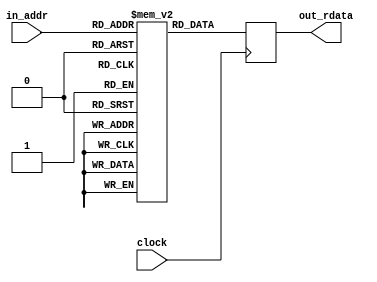
/*
[Bare framework] Leave empty, this is used when exporting to verilog
*/

// SL 2019, MIT license
module M_frame_display__mem_tbl(
input                  [10-1:0] in_addr,
output reg  [18-1:0] out_rdata,
input                                     clock
);
(* no_rw_check *) reg  [18-1:0] buffer[1024-1:0];
always @(posedge clock) begin
   out_rdata <= buffer[in_addr];
end
initial begin
 buffer[0] = 37312;
 buffer[1] = 37312;
 buffer[2] = 16448;
 buffer[3] = 37312;
 buffer[4] = 37312;
 buffer[5] = 37312;
 buffer[6] = 16448;
 buffer[7] = 37312;
 buffer[8] = 16448;
 buffer[9] = 37312;
 buffer[10] = 37312;
 buffer[11] = 37312;
 buffer[12] = 37312;
 buffer[13] = 37312;
 buffer[14] = 37312;
 buffer[15] = 37312;
 buffer[16] = 37312;
 buffer[17] = 16448;
 buffer[18] = 37312;
 buffer[19] = 37312;
 buffer[20] = 16448;
 buffer[21] = 37312;
 buffer[22] = 37312;
 buffer[23] = 16448;
 buffer[24] = 37312;
 buffer[25] = 37312;
 buffer[26] = 16448;
 buffer[27] = 37312;
 buffer[28] = 16448;
 buffer[29] = 37312;
 buffer[30] = 37312;
 buffer[31] = 37312;
 buffer[32] = 16448;
 buffer[33] = 37312;
 buffer[34] = 78720;
 buffer[35] = 78720;
 buffer[36] = 37312;
 buffer[37] = 37312;
 buffer[38] = 186432;
 buffer[39] = 157440;
 buffer[40] = 132544;
 buffer[41] = 78720;
 buffer[42] = 186432;
 buffer[43] = 186432;
 buffer[44] = 157440;
 buffer[45] = 132544;
 buffer[46] = 186432;
 buffer[47] = 107712;
 buffer[48] = 26304;
 buffer[49] = 78720;
 buffer[50] = 186432;
 buffer[51] = 186432;
 buffer[52] = 107712;
 buffer[53] = 186432;
 buffer[54] = 186432;
 buffer[55] = 132544;
 buffer[56] = 157440;
 buffer[57] = 37312;
 buffer[58] = 37312;
 buffer[59] = 132544;
 buffer[60] = 157440;
 buffer[61] = 186432;
 buffer[62] = 186432;
 buffer[63] = 107712;
 buffer[64] = 16448;
 buffer[65] = 78720;
 buffer[66] = 157440;
 buffer[67] = 186432;
 buffer[68] = 78720;
 buffer[69] = 49728;
 buffer[70] = 157440;
 buffer[71] = 107712;
 buffer[72] = 107712;
 buffer[73] = 107712;
 buffer[74] = 78720;
 buffer[75] = 157440;
 buffer[76] = 132544;
 buffer[77] = 107712;
 buffer[78] = 78720;
 buffer[79] = 49728;
 buffer[80] = 13824;
 buffer[81] = 157440;
 buffer[82] = 107712;
 buffer[83] = 132544;
 buffer[84] = 107712;
 buffer[85] = 107712;
 buffer[86] = 132544;
 buffer[87] = 157440;
 buffer[88] = 132544;
 buffer[89] = 132544;
 buffer[90] = 37312;
 buffer[91] = 157440;
 buffer[92] = 78720;
 buffer[93] = 107712;
 buffer[94] = 49728;
 buffer[95] = 78720;
 buffer[96] = 37312;
 buffer[97] = 132544;
 buffer[98] = 186432;
 buffer[99] = 107712;
 buffer[100] = 107712;
 buffer[101] = 78720;
 buffer[102] = 49728;
 buffer[103] = 157440;
 buffer[104] = 107712;
 buffer[105] = 132544;
 buffer[106] = 132544;
 buffer[107] = 107712;
 buffer[108] = 107712;
 buffer[109] = 132544;
 buffer[110] = 78720;
 buffer[111] = 49728;
 buffer[112] = 16448;
 buffer[113] = 84352;
 buffer[114] = 157440;
 buffer[115] = 107712;
 buffer[116] = 132544;
 buffer[117] = 78720;
 buffer[118] = 78720;
 buffer[119] = 157440;
 buffer[120] = 107712;
 buffer[121] = 78720;
 buffer[122] = 107712;
 buffer[123] = 37312;
 buffer[124] = 157440;
 buffer[125] = 107712;
 buffer[126] = 78720;
 buffer[127] = 49728;
 buffer[128] = 16448;
 buffer[129] = 186432;
 buffer[130] = 132544;
 buffer[131] = 132544;
 buffer[132] = 107712;
 buffer[133] = 78720;
 buffer[134] = 49728;
 buffer[135] = 107712;
 buffer[136] = 78720;
 buffer[137] = 107712;
 buffer[138] = 78720;
 buffer[139] = 78720;
 buffer[140] = 107712;
 buffer[141] = 78720;
 buffer[142] = 49728;
 buffer[143] = 78720;
 buffer[144] = 37312;
 buffer[145] = 34624;
 buffer[146] = 78720;
 buffer[147] = 132544;
 buffer[148] = 107712;
 buffer[149] = 78720;
 buffer[150] = 107712;
 buffer[151] = 78720;
 buffer[152] = 157440;
 buffer[153] = 107712;
 buffer[154] = 78720;
 buffer[155] = 49728;
 buffer[156] = 37312;
 buffer[157] = 157440;
 buffer[158] = 107712;
 buffer[159] = 78720;
 buffer[160] = 37312;
 buffer[161] = 186432;
 buffer[162] = 132544;
 buffer[163] = 107712;
 buffer[164] = 78720;
 buffer[165] = 107712;
 buffer[166] = 78720;
 buffer[167] = 49728;
 buffer[168] = 107712;
 buffer[169] = 49728;
 buffer[170] = 107712;
 buffer[171] = 107712;
 buffer[172] = 78720;
 buffer[173] = 78720;
 buffer[174] = 78720;
 buffer[175] = 49728;
 buffer[176] = 16448;
 buffer[177] = 13824;
 buffer[178] = 37312;
 buffer[179] = 157440;
 buffer[180] = 107712;
 buffer[181] = 107712;
 buffer[182] = 78720;
 buffer[183] = 107712;
 buffer[184] = 157440;
 buffer[185] = 132544;
 buffer[186] = 107712;
 buffer[187] = 78720;
 buffer[188] = 37312;
 buffer[189] = 157440;
 buffer[190] = 78720;
 buffer[191] = 49728;
 buffer[192] = 16448;
 buffer[193] = 132544;
 buffer[194] = 107712;
 buffer[195] = 78720;
 buffer[196] = 107712;
 buffer[197] = 132544;
 buffer[198] = 107712;
 buffer[199] = 49728;
 buffer[200] = 107712;
 buffer[201] = 78720;
 buffer[202] = 78720;
 buffer[203] = 78720;
 buffer[204] = 49728;
 buffer[205] = 78720;
 buffer[206] = 78720;
 buffer[207] = 51200;
 buffer[208] = 13824;
 buffer[209] = 34624;
 buffer[210] = 26304;
 buffer[211] = 26304;
 buffer[212] = 132544;
 buffer[213] = 78720;
 buffer[214] = 107712;
 buffer[215] = 107712;
 buffer[216] = 78720;
 buffer[217] = 107712;
 buffer[218] = 78720;
 buffer[219] = 37312;
 buffer[220] = 37312;
 buffer[221] = 78720;
 buffer[222] = 49728;
 buffer[223] = 49728;
 buffer[224] = 37312;
 buffer[225] = 157440;
 buffer[226] = 78720;
 buffer[227] = 26304;
 buffer[228] = 67776;
 buffer[229] = 51200;
 buffer[230] = 67776;
 buffer[231] = 51200;
 buffer[232] = 34624;
 buffer[233] = 34624;
 buffer[234] = 78720;
 buffer[235] = 49728;
 buffer[236] = 78720;
 buffer[237] = 51200;
 buffer[238] = 51200;
 buffer[239] = 34624;
 buffer[240] = 37312;
 buffer[241] = 49728;
 buffer[242] = 49728;
 buffer[243] = 13824;
 buffer[244] = 26304;
 buffer[245] = 132544;
 buffer[246] = 157440;
 buffer[247] = 78720;
 buffer[248] = 78720;
 buffer[249] = 49728;
 buffer[250] = 37312;
 buffer[251] = 49728;
 buffer[252] = 16448;
 buffer[253] = 49728;
 buffer[254] = 78720;
 buffer[255] = 37312;
 buffer[256] = 37312;
 buffer[257] = 16448;
 buffer[258] = 16448;
 buffer[259] = 37312;
 buffer[260] = 16448;
 buffer[261] = 37312;
 buffer[262] = 37312;
 buffer[263] = 37312;
 buffer[264] = 16448;
 buffer[265] = 37312;
 buffer[266] = 13824;
 buffer[267] = 26304;
 buffer[268] = 13824;
 buffer[269] = 13824;
 buffer[270] = 16448;
 buffer[271] = 37312;
 buffer[272] = 49728;
 buffer[273] = 16448;
 buffer[274] = 37312;
 buffer[275] = 37312;
 buffer[276] = 34624;
 buffer[277] = 34624;
 buffer[278] = 16448;
 buffer[279] = 107712;
 buffer[280] = 37312;
 buffer[281] = 16448;
 buffer[282] = 37312;
 buffer[283] = 37312;
 buffer[284] = 16448;
 buffer[285] = 37312;
 buffer[286] = 37312;
 buffer[287] = 37312;
 buffer[288] = 186432;
 buffer[289] = 157440;
 buffer[290] = 107712;
 buffer[291] = 157440;
 buffer[292] = 132544;
 buffer[293] = 132544;
 buffer[294] = 157440;
 buffer[295] = 49728;
 buffer[296] = 16448;
 buffer[297] = 37312;
 buffer[298] = 26304;
 buffer[299] = 37312;
 buffer[300] = 78720;
 buffer[301] = 49728;
 buffer[302] = 78720;
 buffer[303] = 49728;
 buffer[304] = 49728;
 buffer[305] = 16448;
 buffer[306] = 49728;
 buffer[307] = 107712;
 buffer[308] = 132544;
 buffer[309] = 51200;
 buffer[310] = 49728;
 buffer[311] = 49728;
 buffer[312] = 37312;
 buffer[313] = 37312;
 buffer[314] = 132544;
 buffer[315] = 157440;
 buffer[316] = 107712;
 buffer[317] = 132544;
 buffer[318] = 107712;
 buffer[319] = 107712;
 buffer[320] = 107712;
 buffer[321] = 132544;
 buffer[322] = 107712;
 buffer[323] = 107712;
 buffer[324] = 132544;
 buffer[325] = 107712;
 buffer[326] = 107712;
 buffer[327] = 51200;
 buffer[328] = 26304;
 buffer[329] = 13824;
 buffer[330] = 26304;
 buffer[331] = 132544;
 buffer[332] = 107712;
 buffer[333] = 78720;
 buffer[334] = 107712;
 buffer[335] = 132544;
 buffer[336] = 78720;
 buffer[337] = 16448;
 buffer[338] = 132544;
 buffer[339] = 107712;
 buffer[340] = 132544;
 buffer[341] = 67776;
 buffer[342] = 107712;
 buffer[343] = 49728;
 buffer[344] = 16448;
 buffer[345] = 157440;
 buffer[346] = 107712;
 buffer[347] = 132544;
 buffer[348] = 132544;
 buffer[349] = 107712;
 buffer[350] = 132544;
 buffer[351] = 132544;
 buffer[352] = 78720;
 buffer[353] = 78720;
 buffer[354] = 132544;
 buffer[355] = 132544;
 buffer[356] = 107712;
 buffer[357] = 78720;
 buffer[358] = 107712;
 buffer[359] = 34624;
 buffer[360] = 37312;
 buffer[361] = 37312;
 buffer[362] = 107712;
 buffer[363] = 132544;
 buffer[364] = 107712;
 buffer[365] = 132544;
 buffer[366] = 78720;
 buffer[367] = 107712;
 buffer[368] = 78720;
 buffer[369] = 49728;
 buffer[370] = 132544;
 buffer[371] = 78720;
 buffer[372] = 107712;
 buffer[373] = 67776;
 buffer[374] = 78720;
 buffer[375] = 78720;
 buffer[376] = 37312;
 buffer[377] = 107712;
 buffer[378] = 132544;
 buffer[379] = 107712;
 buffer[380] = 107712;
 buffer[381] = 132544;
 buffer[382] = 107712;
 buffer[383] = 107712;
 buffer[384] = 78720;
 buffer[385] = 107712;
 buffer[386] = 132544;
 buffer[387] = 107712;
 buffer[388] = 107712;
 buffer[389] = 107712;
 buffer[390] = 34624;
 buffer[391] = 51200;
 buffer[392] = 37312;
 buffer[393] = 37312;
 buffer[394] = 157440;
 buffer[395] = 107712;
 buffer[396] = 107712;
 buffer[397] = 107712;
 buffer[398] = 78720;
 buffer[399] = 107712;
 buffer[400] = 78720;
 buffer[401] = 78720;
 buffer[402] = 49728;
 buffer[403] = 107712;
 buffer[404] = 107712;
 buffer[405] = 51200;
 buffer[406] = 107712;
 buffer[407] = 49728;
 buffer[408] = 16448;
 buffer[409] = 157440;
 buffer[410] = 107712;
 buffer[411] = 78720;
 buffer[412] = 107712;
 buffer[413] = 78720;
 buffer[414] = 107712;
 buffer[415] = 132544;
 buffer[416] = 78720;
 buffer[417] = 78720;
 buffer[418] = 107712;
 buffer[419] = 78720;
 buffer[420] = 78720;
 buffer[421] = 49728;
 buffer[422] = 51200;
 buffer[423] = 49728;
 buffer[424] = 37312;
 buffer[425] = 157440;
 buffer[426] = 107712;
 buffer[427] = 78720;
 buffer[428] = 107712;
 buffer[429] = 78720;
 buffer[430] = 107712;
 buffer[431] = 78720;
 buffer[432] = 78720;
 buffer[433] = 107712;
 buffer[434] = 107712;
 buffer[435] = 78720;
 buffer[436] = 78720;
 buffer[437] = 67776;
 buffer[438] = 51200;
 buffer[439] = 78720;
 buffer[440] = 37312;
 buffer[441] = 107712;
 buffer[442] = 78720;
 buffer[443] = 78720;
 buffer[444] = 78720;
 buffer[445] = 107712;
 buffer[446] = 107712;
 buffer[447] = 78720;
 buffer[448] = 49728;
 buffer[449] = 107712;
 buffer[450] = 107712;
 buffer[451] = 107712;
 buffer[452] = 78720;
 buffer[453] = 51200;
 buffer[454] = 49728;
 buffer[455] = 49728;
 buffer[456] = 16448;
 buffer[457] = 132544;
 buffer[458] = 107712;
 buffer[459] = 107712;
 buffer[460] = 78720;
 buffer[461] = 107712;
 buffer[462] = 78720;
 buffer[463] = 107712;
 buffer[464] = 107712;
 buffer[465] = 49728;
 buffer[466] = 78720;
 buffer[467] = 107712;
 buffer[468] = 51200;
 buffer[469] = 51200;
 buffer[470] = 34624;
 buffer[471] = 34624;
 buffer[472] = 37312;
 buffer[473] = 78720;
 buffer[474] = 107712;
 buffer[475] = 78720;
 buffer[476] = 107712;
 buffer[477] = 107712;
 buffer[478] = 78720;
 buffer[479] = 78720;
 buffer[480] = 78720;
 buffer[481] = 49728;
 buffer[482] = 78720;
 buffer[483] = 78720;
 buffer[484] = 49728;
 buffer[485] = 34624;
 buffer[486] = 78720;
 buffer[487] = 49728;
 buffer[488] = 37312;
 buffer[489] = 107712;
 buffer[490] = 78720;
 buffer[491] = 78720;
 buffer[492] = 78720;
 buffer[493] = 78720;
 buffer[494] = 49728;
 buffer[495] = 78720;
 buffer[496] = 78720;
 buffer[497] = 49728;
 buffer[498] = 78720;
 buffer[499] = 49728;
 buffer[500] = 51200;
 buffer[501] = 49728;
 buffer[502] = 78720;
 buffer[503] = 78720;
 buffer[504] = 26304;
 buffer[505] = 49728;
 buffer[506] = 78720;
 buffer[507] = 78720;
 buffer[508] = 49728;
 buffer[509] = 78720;
 buffer[510] = 78720;
 buffer[511] = 49728;
 buffer[512] = 37312;
 buffer[513] = 37312;
 buffer[514] = 37312;
 buffer[515] = 37312;
 buffer[516] = 13824;
 buffer[517] = 37312;
 buffer[518] = 16448;
 buffer[519] = 37312;
 buffer[520] = 16448;
 buffer[521] = 37312;
 buffer[522] = 37312;
 buffer[523] = 16448;
 buffer[524] = 16448;
 buffer[525] = 37312;
 buffer[526] = 16448;
 buffer[527] = 37312;
 buffer[528] = 37312;
 buffer[529] = 37312;
 buffer[530] = 16448;
 buffer[531] = 26304;
 buffer[532] = 13824;
 buffer[533] = 37312;
 buffer[534] = 37312;
 buffer[535] = 37312;
 buffer[536] = 37312;
 buffer[537] = 26304;
 buffer[538] = 16448;
 buffer[539] = 37312;
 buffer[540] = 16448;
 buffer[541] = 37312;
 buffer[542] = 37312;
 buffer[543] = 37312;
 buffer[544] = 37312;
 buffer[545] = 49728;
 buffer[546] = 84352;
 buffer[547] = 67776;
 buffer[548] = 157440;
 buffer[549] = 157440;
 buffer[550] = 107712;
 buffer[551] = 132544;
 buffer[552] = 157440;
 buffer[553] = 157440;
 buffer[554] = 132544;
 buffer[555] = 157440;
 buffer[556] = 107712;
 buffer[557] = 37312;
 buffer[558] = 37312;
 buffer[559] = 37312;
 buffer[560] = 16448;
 buffer[561] = 49728;
 buffer[562] = 84352;
 buffer[563] = 100928;
 buffer[564] = 107712;
 buffer[565] = 132544;
 buffer[566] = 132544;
 buffer[567] = 157440;
 buffer[568] = 157440;
 buffer[569] = 84352;
 buffer[570] = 107712;
 buffer[571] = 78720;
 buffer[572] = 49728;
 buffer[573] = 37312;
 buffer[574] = 107712;
 buffer[575] = 132544;
 buffer[576] = 16448;
 buffer[577] = 132544;
 buffer[578] = 100928;
 buffer[579] = 107712;
 buffer[580] = 132544;
 buffer[581] = 78720;
 buffer[582] = 107712;
 buffer[583] = 157440;
 buffer[584] = 107712;
 buffer[585] = 132544;
 buffer[586] = 107712;
 buffer[587] = 132544;
 buffer[588] = 107712;
 buffer[589] = 132544;
 buffer[590] = 37312;
 buffer[591] = 37312;
 buffer[592] = 37312;
 buffer[593] = 100928;
 buffer[594] = 132544;
 buffer[595] = 107712;
 buffer[596] = 132544;
 buffer[597] = 107712;
 buffer[598] = 157440;
 buffer[599] = 107712;
 buffer[600] = 132544;
 buffer[601] = 67776;
 buffer[602] = 132544;
 buffer[603] = 132544;
 buffer[604] = 37312;
 buffer[605] = 132544;
 buffer[606] = 78720;
 buffer[607] = 107712;
 buffer[608] = 37312;
 buffer[609] = 186432;
 buffer[610] = 67776;
 buffer[611] = 107712;
 buffer[612] = 132544;
 buffer[613] = 107712;
 buffer[614] = 78720;
 buffer[615] = 107712;
 buffer[616] = 78720;
 buffer[617] = 78720;
 buffer[618] = 132544;
 buffer[619] = 107712;
 buffer[620] = 132544;
 buffer[621] = 107712;
 buffer[622] = 78720;
 buffer[623] = 37312;
 buffer[624] = 37312;
 buffer[625] = 84352;
 buffer[626] = 107712;
 buffer[627] = 107712;
 buffer[628] = 107712;
 buffer[629] = 78720;
 buffer[630] = 132544;
 buffer[631] = 107712;
 buffer[632] = 132544;
 buffer[633] = 107712;
 buffer[634] = 51200;
 buffer[635] = 51200;
 buffer[636] = 37312;
 buffer[637] = 132544;
 buffer[638] = 107712;
 buffer[639] = 78720;
 buffer[640] = 16448;
 buffer[641] = 186432;
 buffer[642] = 78720;
 buffer[643] = 132544;
 buffer[644] = 107712;
 buffer[645] = 78720;
 buffer[646] = 132544;
 buffer[647] = 78720;
 buffer[648] = 78720;
 buffer[649] = 107712;
 buffer[650] = 107712;
 buffer[651] = 78720;
 buffer[652] = 49728;
 buffer[653] = 78720;
 buffer[654] = 78720;
 buffer[655] = 37312;
 buffer[656] = 37312;
 buffer[657] = 100928;
 buffer[658] = 132544;
 buffer[659] = 132544;
 buffer[660] = 78720;
 buffer[661] = 107712;
 buffer[662] = 107712;
 buffer[663] = 78720;
 buffer[664] = 78720;
 buffer[665] = 107712;
 buffer[666] = 78720;
 buffer[667] = 34624;
 buffer[668] = 37312;
 buffer[669] = 107712;
 buffer[670] = 78720;
 buffer[671] = 78720;
 buffer[672] = 37312;
 buffer[673] = 78720;
 buffer[674] = 132544;
 buffer[675] = 107712;
 buffer[676] = 78720;
 buffer[677] = 49728;
 buffer[678] = 78720;
 buffer[679] = 107712;
 buffer[680] = 107712;
 buffer[681] = 78720;
 buffer[682] = 78720;
 buffer[683] = 49728;
 buffer[684] = 78720;
 buffer[685] = 49728;
 buffer[686] = 49728;
 buffer[687] = 78720;
 buffer[688] = 16448;
 buffer[689] = 84352;
 buffer[690] = 107712;
 buffer[691] = 107712;
 buffer[692] = 78720;
 buffer[693] = 107712;
 buffer[694] = 78720;
 buffer[695] = 107712;
 buffer[696] = 78720;
 buffer[697] = 78720;
 buffer[698] = 37312;
 buffer[699] = 26304;
 buffer[700] = 132544;
 buffer[701] = 78720;
 buffer[702] = 49728;
 buffer[703] = 49728;
 buffer[704] = 37312;
 buffer[705] = 49728;
 buffer[706] = 132544;
 buffer[707] = 132544;
 buffer[708] = 107712;
 buffer[709] = 107712;
 buffer[710] = 78720;
 buffer[711] = 49728;
 buffer[712] = 78720;
 buffer[713] = 78720;
 buffer[714] = 37312;
 buffer[715] = 78720;
 buffer[716] = 49728;
 buffer[717] = 78720;
 buffer[718] = 78720;
 buffer[719] = 49728;
 buffer[720] = 16448;
 buffer[721] = 157440;
 buffer[722] = 67776;
 buffer[723] = 78720;
 buffer[724] = 78720;
 buffer[725] = 78720;
 buffer[726] = 78720;
 buffer[727] = 78720;
 buffer[728] = 49728;
 buffer[729] = 37312;
 buffer[730] = 132544;
 buffer[731] = 107712;
 buffer[732] = 78720;
 buffer[733] = 49728;
 buffer[734] = 78720;
 buffer[735] = 78720;
 buffer[736] = 16448;
 buffer[737] = 37312;
 buffer[738] = 49728;
 buffer[739] = 78720;
 buffer[740] = 132544;
 buffer[741] = 78720;
 buffer[742] = 107712;
 buffer[743] = 78720;
 buffer[744] = 49728;
 buffer[745] = 37312;
 buffer[746] = 16448;
 buffer[747] = 49728;
 buffer[748] = 78720;
 buffer[749] = 78720;
 buffer[750] = 49728;
 buffer[751] = 49728;
 buffer[752] = 16448;
 buffer[753] = 78720;
 buffer[754] = 51200;
 buffer[755] = 78720;
 buffer[756] = 107712;
 buffer[757] = 107712;
 buffer[758] = 49728;
 buffer[759] = 37312;
 buffer[760] = 37312;
 buffer[761] = 16448;
 buffer[762] = 107712;
 buffer[763] = 49728;
 buffer[764] = 78720;
 buffer[765] = 49728;
 buffer[766] = 49728;
 buffer[767] = 49728;
 buffer[768] = 37312;
 buffer[769] = 16448;
 buffer[770] = 16448;
 buffer[771] = 37312;
 buffer[772] = 16448;
 buffer[773] = 37312;
 buffer[774] = 16448;
 buffer[775] = 37312;
 buffer[776] = 37312;
 buffer[777] = 37312;
 buffer[778] = 16448;
 buffer[779] = 16448;
 buffer[780] = 37312;
 buffer[781] = 16448;
 buffer[782] = 37312;
 buffer[783] = 37312;
 buffer[784] = 37312;
 buffer[785] = 37312;
 buffer[786] = 13824;
 buffer[787] = 26304;
 buffer[788] = 16448;
 buffer[789] = 37312;
 buffer[790] = 16448;
 buffer[791] = 16448;
 buffer[792] = 37312;
 buffer[793] = 16448;
 buffer[794] = 16448;
 buffer[795] = 16448;
 buffer[796] = 16448;
 buffer[797] = 37312;
 buffer[798] = 37312;
 buffer[799] = 37312;
 buffer[800] = 186432;
 buffer[801] = 107712;
 buffer[802] = 16448;
 buffer[803] = 132544;
 buffer[804] = 157440;
 buffer[805] = 132544;
 buffer[806] = 157440;
 buffer[807] = 49728;
 buffer[808] = 16448;
 buffer[809] = 49728;
 buffer[810] = 107712;
 buffer[811] = 132544;
 buffer[812] = 157440;
 buffer[813] = 132544;
 buffer[814] = 16448;
 buffer[815] = 49728;
 buffer[816] = 132544;
 buffer[817] = 100928;
 buffer[818] = 100928;
 buffer[819] = 107712;
 buffer[820] = 157440;
 buffer[821] = 107712;
 buffer[822] = 49728;
 buffer[823] = 49728;
 buffer[824] = 37312;
 buffer[825] = 37312;
 buffer[826] = 37312;
 buffer[827] = 37312;
 buffer[828] = 157440;
 buffer[829] = 132544;
 buffer[830] = 107712;
 buffer[831] = 157440;
 buffer[832] = 107712;
 buffer[833] = 78720;
 buffer[834] = 16448;
 buffer[835] = 157440;
 buffer[836] = 107712;
 buffer[837] = 107712;
 buffer[838] = 107712;
 buffer[839] = 107712;
 buffer[840] = 16448;
 buffer[841] = 132544;
 buffer[842] = 132544;
 buffer[843] = 107712;
 buffer[844] = 132544;
 buffer[845] = 67776;
 buffer[846] = 67776;
 buffer[847] = 13824;
 buffer[848] = 34624;
 buffer[849] = 67776;
 buffer[850] = 78720;
 buffer[851] = 107712;
 buffer[852] = 107712;
 buffer[853] = 132544;
 buffer[854] = 107712;
 buffer[855] = 49728;
 buffer[856] = 16448;
 buffer[857] = 37312;
 buffer[858] = 37312;
 buffer[859] = 107712;
 buffer[860] = 132544;
 buffer[861] = 107712;
 buffer[862] = 132544;
 buffer[863] = 132544;
 buffer[864] = 132544;
 buffer[865] = 107712;
 buffer[866] = 16448;
 buffer[867] = 49728;
 buffer[868] = 157440;
 buffer[869] = 107712;
 buffer[870] = 78720;
 buffer[871] = 78720;
 buffer[872] = 37312;
 buffer[873] = 157440;
 buffer[874] = 132544;
 buffer[875] = 84352;
 buffer[876] = 67776;
 buffer[877] = 107712;
 buffer[878] = 132544;
 buffer[879] = 107712;
 buffer[880] = 49728;
 buffer[881] = 157440;
 buffer[882] = 78720;
 buffer[883] = 78720;
 buffer[884] = 78720;
 buffer[885] = 107712;
 buffer[886] = 78720;
 buffer[887] = 49728;
 buffer[888] = 37312;
 buffer[889] = 37312;
 buffer[890] = 107712;
 buffer[891] = 132544;
 buffer[892] = 107712;
 buffer[893] = 132544;
 buffer[894] = 107712;
 buffer[895] = 78720;
 buffer[896] = 107712;
 buffer[897] = 132544;
 buffer[898] = 49728;
 buffer[899] = 16448;
 buffer[900] = 132544;
 buffer[901] = 78720;
 buffer[902] = 49728;
 buffer[903] = 49728;
 buffer[904] = 16448;
 buffer[905] = 132544;
 buffer[906] = 107712;
 buffer[907] = 84352;
 buffer[908] = 107712;
 buffer[909] = 78720;
 buffer[910] = 107712;
 buffer[911] = 78720;
 buffer[912] = 49728;
 buffer[913] = 107712;
 buffer[914] = 78720;
 buffer[915] = 107712;
 buffer[916] = 78720;
 buffer[917] = 78720;
 buffer[918] = 78720;
 buffer[919] = 78720;
 buffer[920] = 16448;
 buffer[921] = 157440;
 buffer[922] = 132544;
 buffer[923] = 107712;
 buffer[924] = 78720;
 buffer[925] = 107712;
 buffer[926] = 78720;
 buffer[927] = 107712;
 buffer[928] = 132544;
 buffer[929] = 107712;
 buffer[930] = 78720;
 buffer[931] = 16448;
 buffer[932] = 132544;
 buffer[933] = 78720;
 buffer[934] = 49728;
 buffer[935] = 78720;
 buffer[936] = 37312;
 buffer[937] = 157440;
 buffer[938] = 107712;
 buffer[939] = 67776;
 buffer[940] = 132544;
 buffer[941] = 78720;
 buffer[942] = 78720;
 buffer[943] = 49728;
 buffer[944] = 107712;
 buffer[945] = 78720;
 buffer[946] = 107712;
 buffer[947] = 78720;
 buffer[948] = 78720;
 buffer[949] = 107712;
 buffer[950] = 49728;
 buffer[951] = 37312;
 buffer[952] = 37312;
 buffer[953] = 157440;
 buffer[954] = 78720;
 buffer[955] = 78720;
 buffer[956] = 132544;
 buffer[957] = 78720;
 buffer[958] = 107712;
 buffer[959] = 78720;
 buffer[960] = 78720;
 buffer[961] = 107712;
 buffer[962] = 49728;
 buffer[963] = 16448;
 buffer[964] = 49728;
 buffer[965] = 107712;
 buffer[966] = 78720;
 buffer[967] = 49728;
 buffer[968] = 37312;
 buffer[969] = 132544;
 buffer[970] = 107712;
 buffer[971] = 51200;
 buffer[972] = 51200;
 buffer[973] = 78720;
 buffer[974] = 78720;
 buffer[975] = 37312;
 buffer[976] = 107712;
 buffer[977] = 78720;
 buffer[978] = 78720;
 buffer[979] = 37312;
 buffer[980] = 49728;
 buffer[981] = 78720;
 buffer[982] = 37312;
 buffer[983] = 49728;
 buffer[984] = 37312;
 buffer[985] = 107712;
 buffer[986] = 78720;
 buffer[987] = 78720;
 buffer[988] = 107712;
 buffer[989] = 49728;
 buffer[990] = 78720;
 buffer[991] = 37312;
 buffer[992] = 78720;
 buffer[993] = 49728;
 buffer[994] = 49728;
 buffer[995] = 16448;
 buffer[996] = 16448;
 buffer[997] = 107712;
 buffer[998] = 49728;
 buffer[999] = 78720;
 buffer[1000] = 16448;
 buffer[1001] = 107712;
 buffer[1002] = 78720;
 buffer[1003] = 49728;
 buffer[1004] = 34624;
 buffer[1005] = 49728;
 buffer[1006] = 37312;
 buffer[1007] = 37312;
 buffer[1008] = 78720;
 buffer[1009] = 49728;
 buffer[1010] = 37312;
 buffer[1011] = 49728;
 buffer[1012] = 78720;
 buffer[1013] = 49728;
 buffer[1014] = 49728;
 buffer[1015] = 78720;
 buffer[1016] = 37312;
 buffer[1017] = 49728;
 buffer[1018] = 78720;
 buffer[1019] = 107712;
 buffer[1020] = 49728;
 buffer[1021] = 49728;
 buffer[1022] = 49728;
 buffer[1023] = 37312;
end

endmodule

// SL 2019, MIT license
module M_frame_display__mem_cosine(
input                  [8-1:0] in_addr,
output reg signed [10-1:0] out_rdata,
input                                     clock
);
(* no_rw_check *) reg signed [10-1:0] buffer[256-1:0];
always @(posedge clock) begin
   out_rdata <= buffer[in_addr];
end
initial begin
 buffer[0] = 511;
 buffer[1] = 510;
 buffer[2] = 510;
 buffer[3] = 509;
 buffer[4] = 508;
 buffer[5] = 507;
 buffer[6] = 505;
 buffer[7] = 503;
 buffer[8] = 501;
 buffer[9] = 498;
 buffer[10] = 495;
 buffer[11] = 492;
 buffer[12] = 488;
 buffer[13] = 485;
 buffer[14] = 480;
 buffer[15] = 476;
 buffer[16] = 471;
 buffer[17] = 466;
 buffer[18] = 461;
 buffer[19] = 456;
 buffer[20] = 450;
 buffer[21] = 444;
 buffer[22] = 437;
 buffer[23] = 431;
 buffer[24] = 424;
 buffer[25] = 417;
 buffer[26] = 409;
 buffer[27] = 402;
 buffer[28] = 394;
 buffer[29] = 386;
 buffer[30] = 377;
 buffer[31] = 369;
 buffer[32] = 360;
 buffer[33] = 351;
 buffer[34] = 341;
 buffer[35] = 332;
 buffer[36] = 322;
 buffer[37] = 312;
 buffer[38] = 302;
 buffer[39] = 292;
 buffer[40] = 282;
 buffer[41] = 271;
 buffer[42] = 260;
 buffer[43] = 250;
 buffer[44] = 238;
 buffer[45] = 227;
 buffer[46] = 216;
 buffer[47] = 204;
 buffer[48] = 193;
 buffer[49] = 181;
 buffer[50] = 169;
 buffer[51] = 157;
 buffer[52] = 145;
 buffer[53] = 133;
 buffer[54] = 121;
 buffer[55] = 109;
 buffer[56] = 96;
 buffer[57] = 84;
 buffer[58] = 72;
 buffer[59] = 59;
 buffer[60] = 47;
 buffer[61] = 34;
 buffer[62] = 22;
 buffer[63] = 9;
 buffer[64] = -4;
 buffer[65] = -16;
 buffer[66] = -29;
 buffer[67] = -41;
 buffer[68] = -54;
 buffer[69] = -66;
 buffer[70] = -79;
 buffer[71] = -91;
 buffer[72] = -104;
 buffer[73] = -116;
 buffer[74] = -128;
 buffer[75] = -140;
 buffer[76] = -152;
 buffer[77] = -164;
 buffer[78] = -176;
 buffer[79] = -188;
 buffer[80] = -200;
 buffer[81] = -211;
 buffer[82] = -223;
 buffer[83] = -234;
 buffer[84] = -245;
 buffer[85] = -256;
 buffer[86] = -267;
 buffer[87] = -277;
 buffer[88] = -288;
 buffer[89] = -298;
 buffer[90] = -308;
 buffer[91] = -318;
 buffer[92] = -328;
 buffer[93] = -338;
 buffer[94] = -347;
 buffer[95] = -356;
 buffer[96] = -365;
 buffer[97] = -374;
 buffer[98] = -382;
 buffer[99] = -391;
 buffer[100] = -399;
 buffer[101] = -406;
 buffer[102] = -414;
 buffer[103] = -421;
 buffer[104] = -428;
 buffer[105] = -435;
 buffer[106] = -441;
 buffer[107] = -448;
 buffer[108] = -454;
 buffer[109] = -459;
 buffer[110] = -465;
 buffer[111] = -470;
 buffer[112] = -475;
 buffer[113] = -479;
 buffer[114] = -483;
 buffer[115] = -487;
 buffer[116] = -491;
 buffer[117] = -494;
 buffer[118] = -498;
 buffer[119] = -500;
 buffer[120] = -503;
 buffer[121] = -505;
 buffer[122] = -507;
 buffer[123] = -508;
 buffer[124] = -510;
 buffer[125] = -511;
 buffer[126] = -511;
 buffer[127] = -511;
 buffer[128] = -511;
 buffer[129] = -511;
 buffer[130] = -511;
 buffer[131] = -510;
 buffer[132] = -508;
 buffer[133] = -507;
 buffer[134] = -505;
 buffer[135] = -503;
 buffer[136] = -500;
 buffer[137] = -498;
 buffer[138] = -494;
 buffer[139] = -491;
 buffer[140] = -487;
 buffer[141] = -483;
 buffer[142] = -479;
 buffer[143] = -475;
 buffer[144] = -470;
 buffer[145] = -465;
 buffer[146] = -459;
 buffer[147] = -454;
 buffer[148] = -448;
 buffer[149] = -441;
 buffer[150] = -435;
 buffer[151] = -428;
 buffer[152] = -421;
 buffer[153] = -414;
 buffer[154] = -406;
 buffer[155] = -399;
 buffer[156] = -391;
 buffer[157] = -382;
 buffer[158] = -374;
 buffer[159] = -365;
 buffer[160] = -356;
 buffer[161] = -347;
 buffer[162] = -338;
 buffer[163] = -328;
 buffer[164] = -318;
 buffer[165] = -308;
 buffer[166] = -298;
 buffer[167] = -288;
 buffer[168] = -277;
 buffer[169] = -267;
 buffer[170] = -256;
 buffer[171] = -245;
 buffer[172] = -234;
 buffer[173] = -223;
 buffer[174] = -211;
 buffer[175] = -200;
 buffer[176] = -188;
 buffer[177] = -176;
 buffer[178] = -164;
 buffer[179] = -152;
 buffer[180] = -140;
 buffer[181] = -128;
 buffer[182] = -116;
 buffer[183] = -104;
 buffer[184] = -91;
 buffer[185] = -79;
 buffer[186] = -66;
 buffer[187] = -54;
 buffer[188] = -41;
 buffer[189] = -29;
 buffer[190] = -16;
 buffer[191] = -4;
 buffer[192] = 9;
 buffer[193] = 22;
 buffer[194] = 34;
 buffer[195] = 47;
 buffer[196] = 59;
 buffer[197] = 72;
 buffer[198] = 84;
 buffer[199] = 96;
 buffer[200] = 109;
 buffer[201] = 121;
 buffer[202] = 133;
 buffer[203] = 145;
 buffer[204] = 157;
 buffer[205] = 169;
 buffer[206] = 181;
 buffer[207] = 193;
 buffer[208] = 204;
 buffer[209] = 216;
 buffer[210] = 227;
 buffer[211] = 238;
 buffer[212] = 250;
 buffer[213] = 260;
 buffer[214] = 271;
 buffer[215] = 282;
 buffer[216] = 292;
 buffer[217] = 302;
 buffer[218] = 312;
 buffer[219] = 322;
 buffer[220] = 332;
 buffer[221] = 341;
 buffer[222] = 351;
 buffer[223] = 360;
 buffer[224] = 369;
 buffer[225] = 377;
 buffer[226] = 386;
 buffer[227] = 394;
 buffer[228] = 402;
 buffer[229] = 409;
 buffer[230] = 417;
 buffer[231] = 424;
 buffer[232] = 431;
 buffer[233] = 437;
 buffer[234] = 444;
 buffer[235] = 450;
 buffer[236] = 456;
 buffer[237] = 461;
 buffer[238] = 466;
 buffer[239] = 471;
 buffer[240] = 476;
 buffer[241] = 480;
 buffer[242] = 485;
 buffer[243] = 488;
 buffer[244] = 492;
 buffer[245] = 495;
 buffer[246] = 498;
 buffer[247] = 501;
 buffer[248] = 503;
 buffer[249] = 505;
 buffer[250] = 507;
 buffer[251] = 508;
 buffer[252] = 509;
 buffer[253] = 510;
 buffer[254] = 510;
 buffer[255] = 511;
end

endmodule

module M_frame_display (
in_pix_x,
in_pix_y,
in_pix_active,
in_pix_vblank,
in_vga_hs,
in_vga_vs,
out_pix_r,
out_pix_g,
out_pix_b,
in_run,
out_done,
reset,
out_clock,
clock
);
input  [10:0] in_pix_x;
input  [10:0] in_pix_y;
input  [0:0] in_pix_active;
input  [0:0] in_pix_vblank;
input  [0:0] in_vga_hs;
input  [0:0] in_vga_vs;
output  [7:0] out_pix_r;
output  [7:0] out_pix_g;
output  [7:0] out_pix_b;
input in_run;
output out_done;
input reset;
output out_clock;
input clock;
assign out_clock = clock;
wire  [17:0] _w_mem_tbl_rdata;
wire signed [9:0] _w_mem_cosine_rdata;
wire signed [19:0] _c_cornerx;
assign _c_cornerx = 320;
wire signed [19:0] _c_cornery;
assign _c_cornery = 240;
reg signed [19:0] _t_sin;
reg  [7:0] _t_pix_r;
reg  [7:0] _t_pix_g;
reg  [7:0] _t_pix_b;

reg  [7:0] _d_frame;
reg  [7:0] _q_frame;
reg  [7:0] _d_angle;
reg  [7:0] _q_angle;
reg signed [19:0] _d_u;
reg signed [19:0] _q_u;
reg signed [19:0] _d_v;
reg signed [19:0] _q_v;
reg signed [19:0] _d_cos;
reg signed [19:0] _q_cos;
reg signed [19:0] _d_corneru;
reg signed [19:0] _q_corneru;
reg signed [19:0] _d_cornerv;
reg signed [19:0] _q_cornerv;
reg signed [19:0] _d_deltau_x;
reg signed [19:0] _q_deltau_x;
reg signed [19:0] _d_deltau_y;
reg signed [19:0] _q_deltau_y;
reg signed [19:0] _d_deltav_x;
reg signed [19:0] _q_deltav_x;
reg signed [19:0] _d_deltav_y;
reg signed [19:0] _q_deltav_y;
reg  [9:0] _d_tbl_addr = 0;
reg  [9:0] _q_tbl_addr = 0;
reg  [7:0] _d_cosine_addr = 0;
reg  [7:0] _q_cosine_addr = 0;
reg  [2:0] _d__idx_fsm0,_q__idx_fsm0;
reg  _autorun = 0;
assign out_pix_r = _t_pix_r;
assign out_pix_g = _t_pix_g;
assign out_pix_b = _t_pix_b;
assign out_done = (_q__idx_fsm0 == 0) && _autorun
;

M_frame_display__mem_tbl __mem__tbl(
.clock(clock),
.in_addr(_d_tbl_addr),
.out_rdata(_w_mem_tbl_rdata)
);
M_frame_display__mem_cosine __mem__cosine(
.clock(clock),
.in_addr(_d_cosine_addr),
.out_rdata(_w_mem_cosine_rdata)
);


`ifdef FORMAL
initial begin
assume(reset);
end
assume property($initstate || (out_done));
`endif
always @* begin
_d_frame = _q_frame;
_d_angle = _q_angle;
_d_u = _q_u;
_d_v = _q_v;
_d_cos = _q_cos;
_d_corneru = _q_corneru;
_d_cornerv = _q_cornerv;
_d_deltau_x = _q_deltau_x;
_d_deltau_y = _q_deltau_y;
_d_deltav_x = _q_deltav_x;
_d_deltav_y = _q_deltav_y;
_d_tbl_addr = _q_tbl_addr;
_d_cosine_addr = _q_cosine_addr;
_d__idx_fsm0 = _q__idx_fsm0;
_t_sin = 0;
// _always_pre
_t_pix_r = 0;

_t_pix_g = 0;

_t_pix_b = 0;

(* full_case *)
case (_q__idx_fsm0)
1: begin
// _top
_d__idx_fsm0 = 2;
end
2: begin
// __while__block_1
if (1) begin
// __block_2
// __block_4
_d__idx_fsm0 = 3;
end else begin
// __block_3
_d__idx_fsm0 = 0;
end
end
3: begin
// __while__block_5
if (in_pix_vblank==0) begin
// __block_6
// __block_8
if (in_pix_active) begin
// __block_9
// __block_11
_t_pix_b = _w_mem_tbl_rdata[0+:6]<<2;

_t_pix_g = _w_mem_tbl_rdata[6+:6]<<2;

_t_pix_r = _w_mem_tbl_rdata[12+:6]<<2;

if (in_pix_x==0) begin
// __block_12
// __block_14
_d_u = _q_corneru;

_d_v = _q_cornerv;

// __block_15
end else begin
// __block_13
// __block_16
if (in_pix_x==639) begin
// __block_17
// __block_19
_d_corneru = _q_corneru+_q_deltau_y;

_d_cornerv = _q_cornerv+_q_deltav_y;

// __block_20
end else begin
// __block_18
// __block_21
_d_u = _q_u+_q_deltau_x;

_d_v = _q_v+_q_deltav_x;

// __block_22
end
// 'after'
// __block_23
// __block_24
end
// 'after'
// __block_25
_d_tbl_addr = ((_d_u>>11)&31)+(((_d_v>>11)&31)<<5);

// __block_26
end else begin
// __block_10
end
// 'after'
// __block_27
// __block_28
_d__idx_fsm0 = 3;
end else begin
// __block_7
_d_cosine_addr = _q_frame;

_d_frame = _q_frame+1;

_d__idx_fsm0 = 4;
end
end
4: begin
// __block_29
_d_angle = ((512+_w_mem_cosine_rdata)>>2);

_d_cosine_addr = _d_angle;

_d__idx_fsm0 = 5;
end
5: begin
// __block_30
_d_cos = _w_mem_cosine_rdata;

_d_cosine_addr = _q_angle+64;

_d__idx_fsm0 = 6;
end
6: begin
// __block_31
_t_sin = _w_mem_cosine_rdata;

_d_corneru = -((_c_cornerx*_q_cos)-(_c_cornery*_t_sin));

_d_cornerv = -((_c_cornerx*_t_sin)+(_c_cornery*_q_cos));

_d_deltau_x = _q_cos;

_d_deltau_y = -_t_sin;

_d_deltav_x = _t_sin;

_d_deltav_y = _q_cos;

_d_u = _d_corneru;

_d_v = _d_cornerv;

_d__idx_fsm0 = 7;
end
7: begin
// __while__block_32
if (in_pix_vblank==1) begin
// __block_33
// __block_35
// __block_36
_d__idx_fsm0 = 7;
end else begin
// __block_34
// __block_37
_d__idx_fsm0 = 2;
end
end
0: begin 
end
default: begin 
_d__idx_fsm0 = {3{1'bx}};
`ifdef FORMAL
assume(0);
`endif
 end
endcase
// _always_post
// pipeline stage triggers
end

always @(posedge clock) begin
_q_frame <= (reset) ? 0 : _d_frame;
_q_angle <= (reset) ? 0 : _d_angle;
_q_u <= (reset) ? 0 : _d_u;
_q_v <= (reset) ? 0 : _d_v;
_q_cos <= (reset) ? 0 : _d_cos;
_q_corneru <= (reset) ? 0 : _d_corneru;
_q_cornerv <= (reset) ? 0 : _d_cornerv;
_q_deltau_x <= (reset) ? 0 : _d_deltau_x;
_q_deltau_y <= (reset) ? 0 : _d_deltau_y;
_q_deltav_x <= (reset) ? 0 : _d_deltav_x;
_q_deltav_y <= (reset) ? 0 : _d_deltav_y;
_q_tbl_addr <= _d_tbl_addr;
_q_cosine_addr <= _d_cosine_addr;
_q__idx_fsm0 <= reset ? 0 : ( ~_autorun ? 1 : _d__idx_fsm0);
_autorun <= reset ? 0 : 1;
end

endmodule